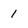
Character: 1